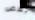
بعض